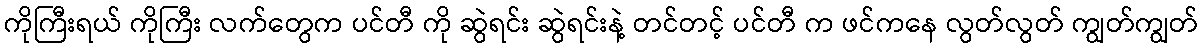
ကိုကြီးရယ် ကိုကြီး လက်တွေက ပင်တီ ကို ဆွဲရင်း ဆွဲရင်းနဲ့ တင်တင့် ပင်တီ က ဖင်ကနေ လွတ်လွတ် ကျွတ်ကျွတ်